Annual statistical returns and brief notes on vaccination in Bengal - 1887-1898
Year: 1887
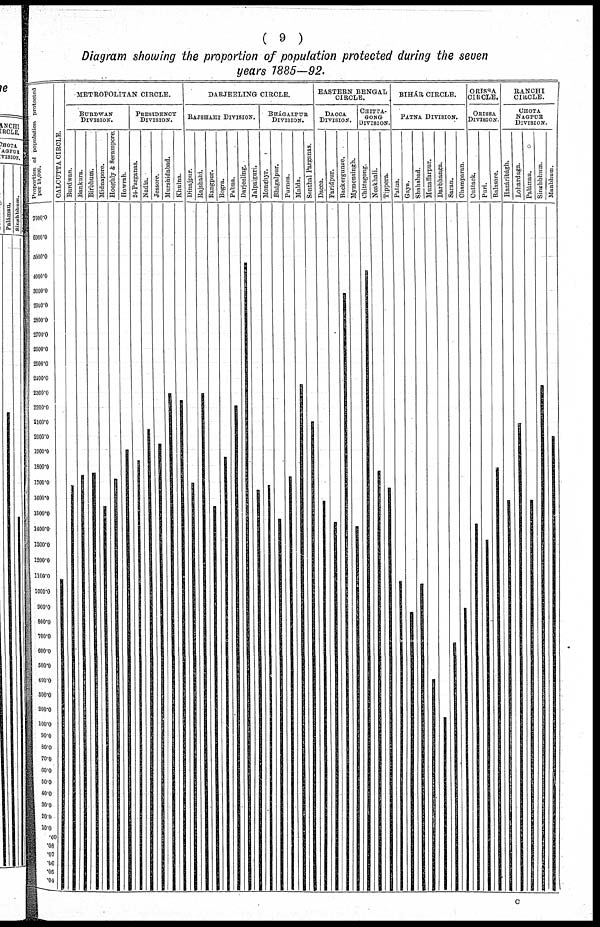
( 9 )
Diagram showing the proportion of population protected during the seven
years 1885—92.
c